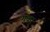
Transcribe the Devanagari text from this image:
गुव्हा